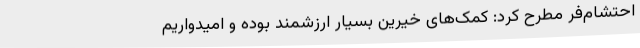
احتشام‌فر مطرح کرد: کمک‌های خیرین بسیار ارزشمند بوده و امیدواریم